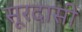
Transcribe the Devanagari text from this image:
सूरदासी